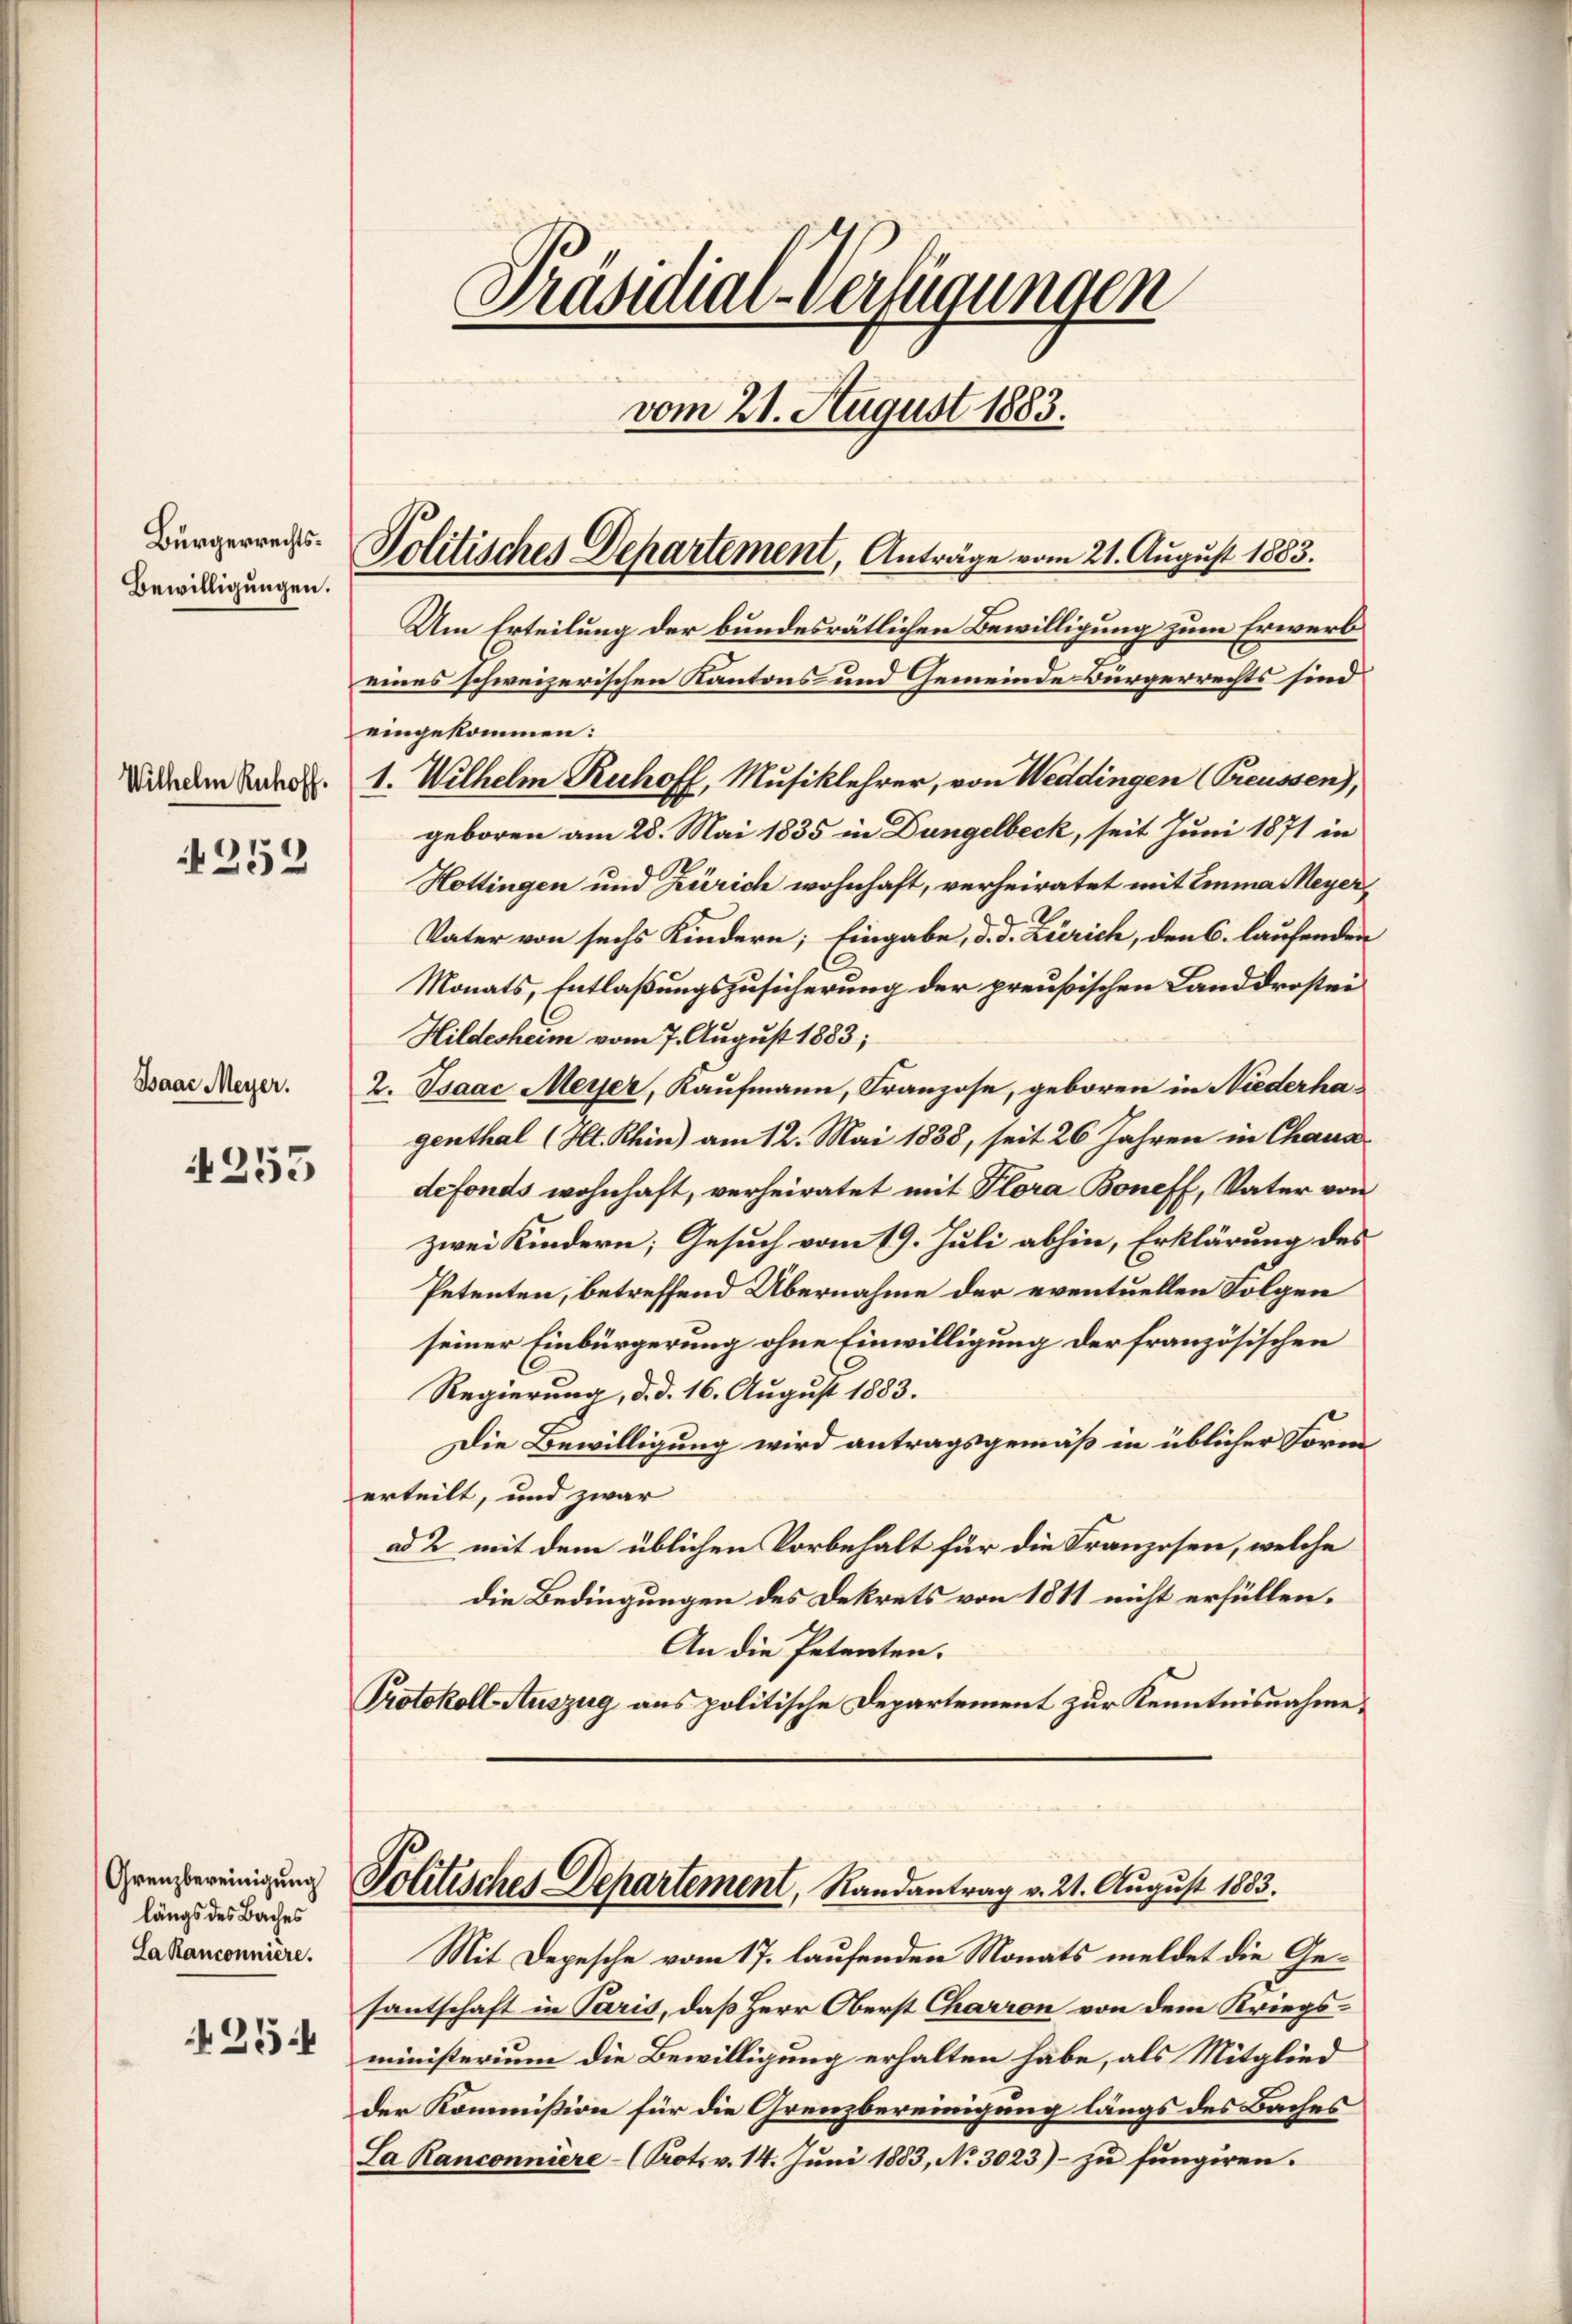
Bürgerrechts.
Bewilligungen.

Wilhelm Ruhoff

252

Baar Meyer.

253

Grenzbereinigung
längs des Baches
Sa Ranconniere.

25

Präsidial-Verfügungen
vom 21. August 1883.

Um Erteilung der bundesrätlichen Bewilligung zum Erwerb
eines schweizerischen Kantons und Gemeinde Bürgerrechts sind
eingekommen:
1. Wilhelm Ruhoff, Musiklehrer, von Weddingen (Greussen),
geboren am 28. Mai 1835 in Düngelbeck, seit Juni 1871 in
Hottingen und Zürich wohnhaft, verheiratet mit Emma Meyer,
Vater von sechs Kindern; Eingabe, d. d. Zürich, den 6. laufenden
Monats, Entlaßungszusicherung der preußischen Landdrostei
Hildesheim vom 7. August 1883;
2. Isaac Meyer, Kaufmann, Franzose, geboren in Niederhagenthal (Ht. Rhin) am 12. Mai 1888, seit 26 Jahren in Chanadefonds wohnhaft, verheiratet mit Plora Boneff, Vater von
zwei Kindern; Gesuch vom 19. Juli abhin, Erklärung des
Petenten, betreffend Übernahme der eventuellen Folgen
seiner Einbürgerung ohne Einwilligung der französischen
Regierung, d. d. 16. August 1883.
Die Bewilligung wird antragsgemäß in üblicher Form
erteilt, und zwar
ad 2 mit dem üblichen Vorbehalt für die Franzosen, welche
die Bedingungen des Dekrets von 1811 nicht erfüllen.
An die Petenten.
Protokoll Auszug aus politische Departement zur Kenntnisnahme.
Politisches Departement, Randantrag v. 21. August 1883.
Mit Depesche vom 17. laufenden Monats meldet die Gesantschaft in Paris, daß Herr Oberst Charron von dem Kriegsministerium die Bewilligung erhalten habe, als Mitglied
der Kommission für die Grenzbereinigung längs des Baches
La Ranconniere (Prot. v. 14. Juni 1883, No 3023)- zu fungiren.

Politisches Departement, Anträge vom 21. August 1883.